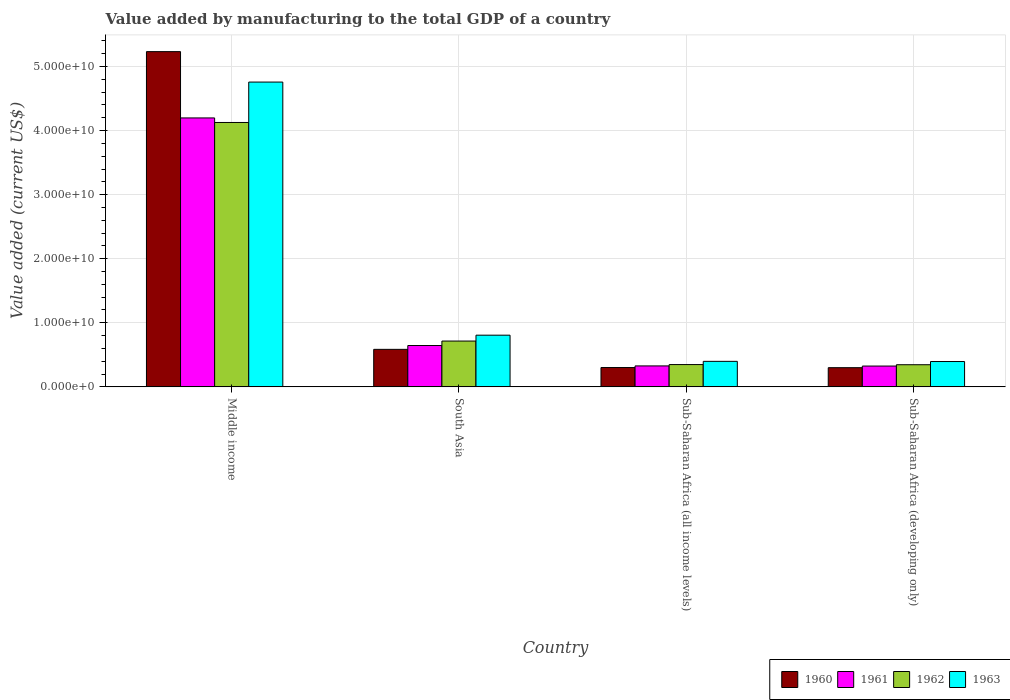
| Country | 1960 | 1961 | 1962 | 1963 |
 | --- | --- | --- | --- | --- |
 | Middle income | 5.23e+10 | 4.2e+10 | 4.13e+10 | 4.76e+10 |
 | South Asia | 5.86e+09 | 6.45e+09 | 7.15e+09 | 8.07e+09 |
 | Sub-Saharan Africa (all income levels) | 3.02e+09 | 3.27e+09 | 3.48e+09 | 3.98e+09 |
 | Sub-Saharan Africa (developing only) | 2.99e+09 | 3.25e+09 | 3.46e+09 | 3.95e+09 |